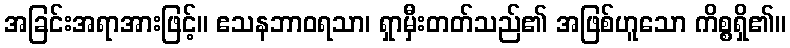
အခြင်းအရာအားဖြင့်။ ဧသနဘာဝရသာ၊ ရှာမှီးတတ်သည်၏ အဖြစ်ဟူသော ကိစ္စရှိ၏။